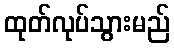
ထုတ်လုပ်သွားမည်